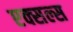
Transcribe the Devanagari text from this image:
एक्सल्स